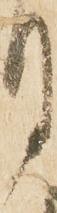
月